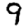
Digit: 9